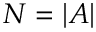
N = | A |